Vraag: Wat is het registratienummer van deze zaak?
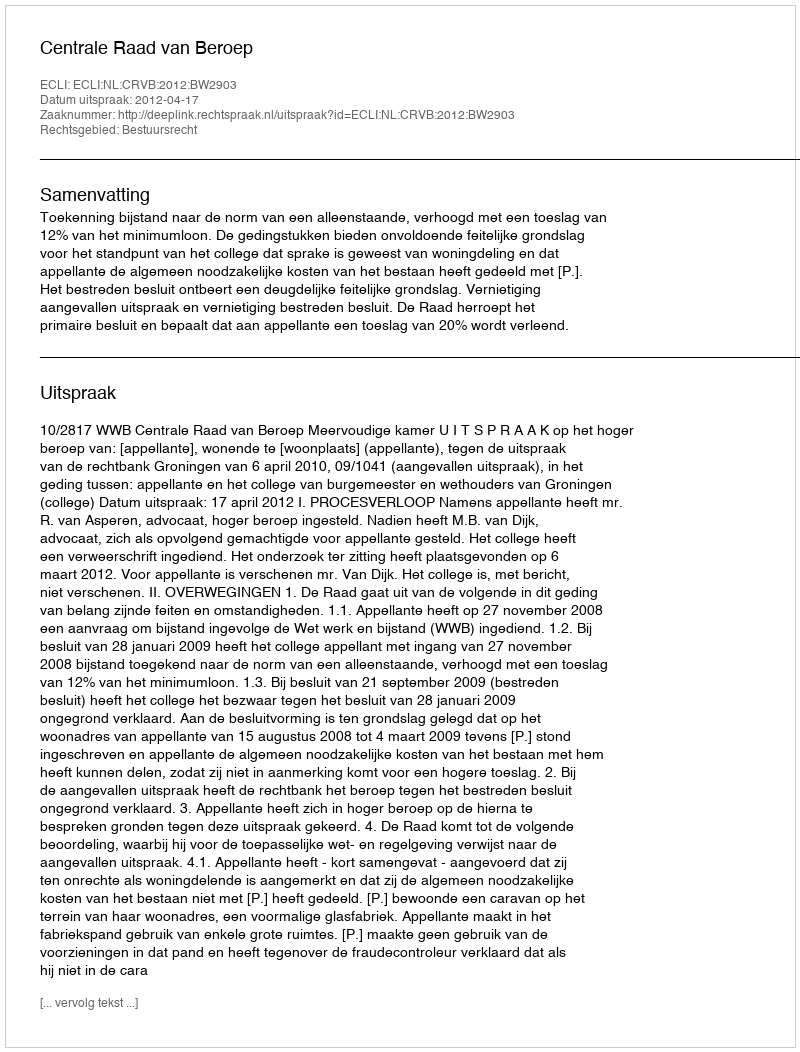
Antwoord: http://deeplink.rechtspraak.nl/uitspraak?id=ECLI:NL:CRVB:2012:BW2903